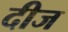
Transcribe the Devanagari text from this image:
दीज